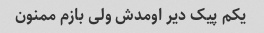
یکم پیک دیر اومدش ولی بازم ممنون